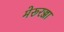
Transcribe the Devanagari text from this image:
मेरूरज्जा